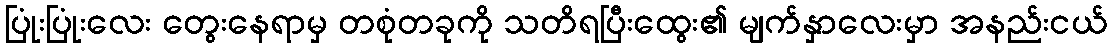
ပြုံးပြုံးလေး တွေးနေရာမှ တစုံတခုကို သတိရပြီးထွေး၏ မျက်နှာလေးမှာ အနည်းငယ်